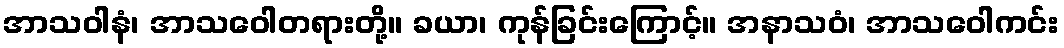
အာသဝါနံ၊ အာသဝေါတရားတို့။ ခယာ၊ ကုန်ခြင်းကြောင့်။ အနာသဝံ၊ အာသဝေါကင်း